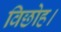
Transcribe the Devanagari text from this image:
विछोह।